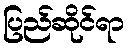
ပြည်ဆိုင်ရာ